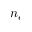
n _ { e }